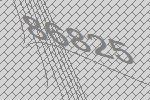
86825